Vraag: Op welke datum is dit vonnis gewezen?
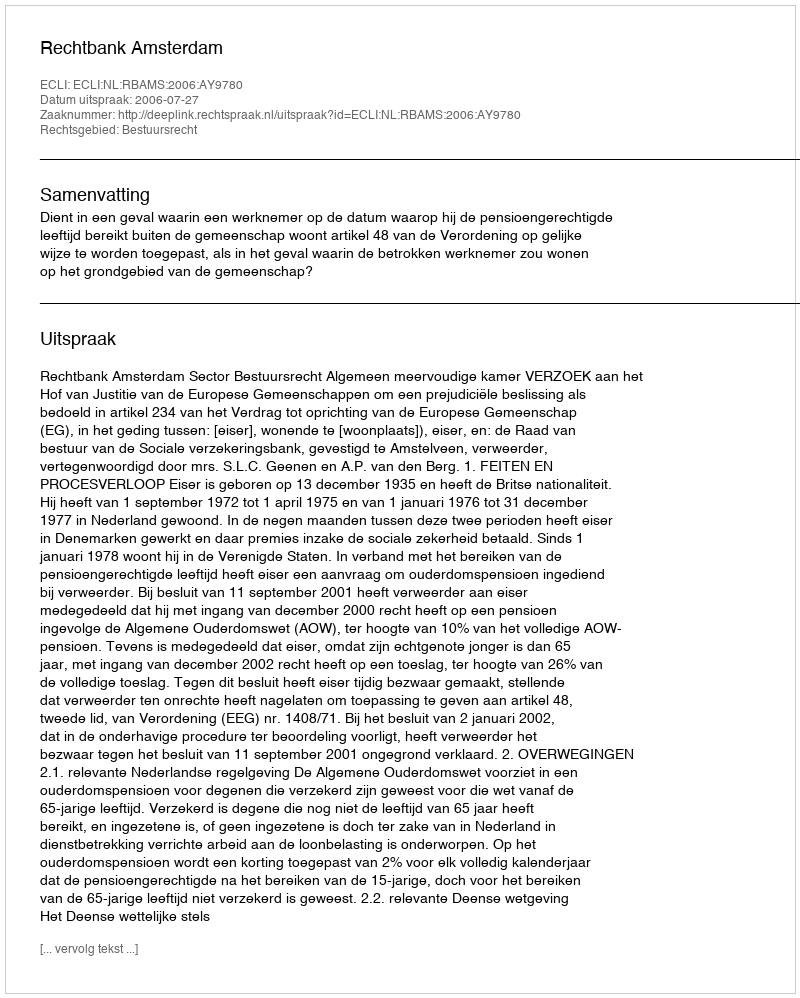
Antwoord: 2006-07-27